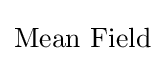
{\text{Mean Field}}